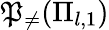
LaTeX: \mathfrak{P}_{\neq}(\Pi_{l,1})